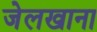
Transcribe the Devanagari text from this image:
जेलखाना